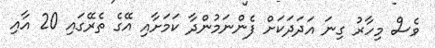
ވެސް މިހާރު ގިނަ އަދަދަކަށް ފެންނަމުންދާ ކަމަށާއި އޭގެ ތެރޭގައި 20 އާއި